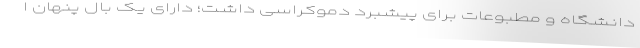
دانشگاه و مطبوعات برای پیشبرد دموکراسی داشت؛ دارای یک بال پنهان ا